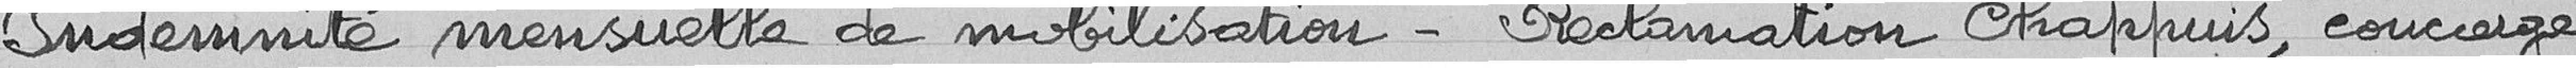
Indemnité mensuelle de mobilisation - Réclamation Chappuis, concierge